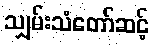
သျှမ်းသံတော်ဆင့်